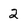
Character: 2